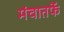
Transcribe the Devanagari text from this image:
मंचातर्फे